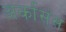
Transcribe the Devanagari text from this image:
अर्कासंस